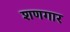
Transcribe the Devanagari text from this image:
शणगार